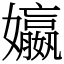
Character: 㜲